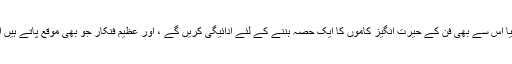
عوام ہمیشہ مشاہدہ کرنے یا اس سے بھی فن کے حیرت انگیز کاموں کا ایک حصہ بننے کے لئے ادائیگی کریں گے ، اور عظیم فنکار جو بھی موقع پاتے ہیں اس کی ادائیگی کرتے ہیں۔